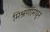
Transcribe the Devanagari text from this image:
मिश्रणांमधून